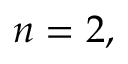
n = 2 ,